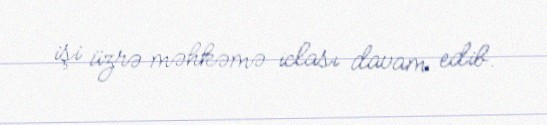
işi üzrə məhkəmə iclası davam edib.